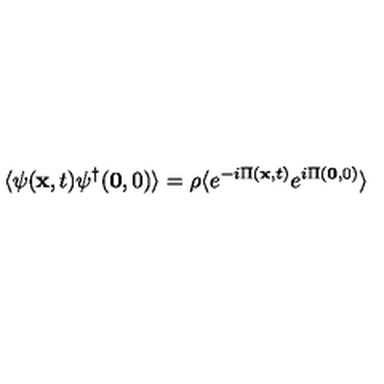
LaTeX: \langle \psi ( { \bf { x } } , t ) \psi ^ { \dagger } ( { \bf { 0 } } , 0 ) \rangle = \rho \langle e ^ { - i \mathrm { } \Pi ( { \bf { x } } , t ) } e ^ { i \mathrm { } \Pi ( { \bf { 0 } } , 0 ) } \rangle